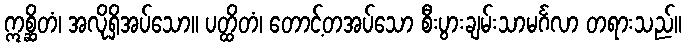
ဣစ္ဆိတံ၊ အလိုရှိအပ်သော။ ပတ္ထိတံ၊ တောင့်တအပ်သော စီးပွားချမ်းသာမင်္ဂလာ တရားသည်။